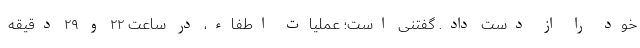
خود را از دست داد. گفتنی است؛ عملیات اطفاء، در ساعت ۲۲ و ۲۹ دقیقه